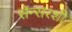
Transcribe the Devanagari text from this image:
सेन्सरशी